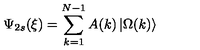
\Psi _ { 2 s } ( \xi ) = \sum _ { k = 1 } ^ { N - 1 } A ( k ) \left| \Omega ( k ) \right\rangle